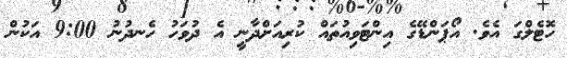
ހޮޓެލްގަ އެވެ. އޯޕަންޑޭގެ އިންޓަވިއުތައް ކުރިއަށްދާނީ އެ ދުވަހު ހެނދުނު 9:00 އަކުން